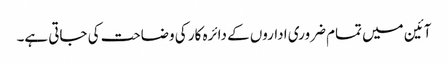
آئین میں تمام ضروری اداروں کے دائرہ کار کی وضاحت کی جاتی ہے۔